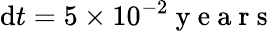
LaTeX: \mathrm{d}t=5\times 10^{-2}\mathrm{~y~e~a~r~s~}